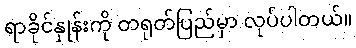
ရာခိုင်နှုန်းကို တရုတ်ပြည်မှာ လုပ်ပါတယ်။